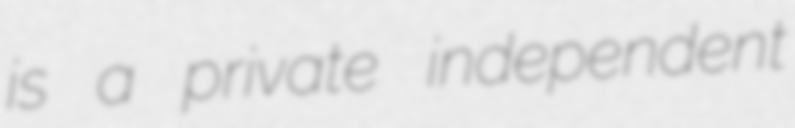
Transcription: is a private independent